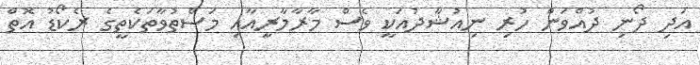
އަދި ދޯނި ދުއްވަން ހުރި ނިއުޝާދުއަކީ ވެސް މާރާމާރީއާއި މަސްތުވާތަކެތީގެ ރެކޯޑު އޮތް